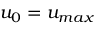
u _ { 0 } = u _ { m a x }